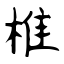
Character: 椎